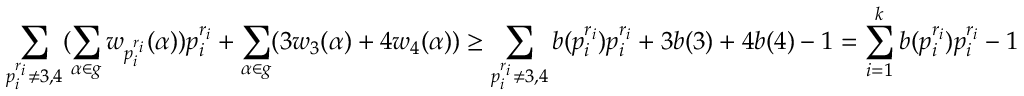
\sum _ { p _ { i } ^ { r _ { i } } \neq 3 , 4 } ( \sum _ { \alpha \in g } w _ { p _ { i } ^ { r _ { i } } } ( \alpha ) ) p _ { i } ^ { r _ { i } } + \sum _ { \alpha \in g } ( 3 w _ { 3 } ( \alpha ) + 4 w _ { 4 } ( \alpha ) ) \ge \sum _ { p _ { i } ^ { r _ { i } } \neq 3 , 4 } b ( p _ { i } ^ { r _ { i } } ) p _ { i } ^ { r _ { i } } + 3 b ( 3 ) + 4 b ( 4 ) - 1 = \sum _ { i = 1 } ^ { k } b ( p _ { i } ^ { r _ { i } } ) p _ { i } ^ { r _ { i } } - 1